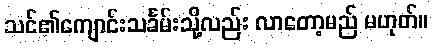
သင်၏ကျောင်းသင်္ခမ်းသို့လည်း လာတော့မည် မဟုတ်။